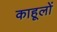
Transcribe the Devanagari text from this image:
काहूलों